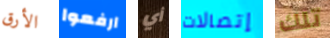
الأرق ارفعوا أي إتصالات تلك